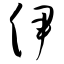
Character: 伊